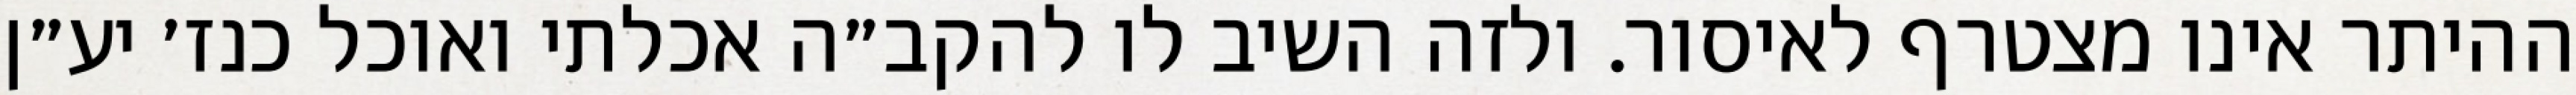
ההיתר אינו מצטרף לאיסור. ולזה השיב לו להקב״ה אכלתי ואוכל כנז׳ יע״ן